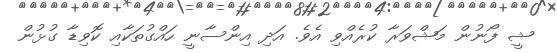
ޝީ ފޯނުން މަޝްވަރާ ކުރެއްވި އެވެ. އަދި އިންސާނީ ހައްގުތަކާއި ކޮވިޑާ ގުޅުން